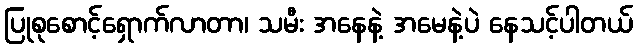
ပြုစုစောင့်ရှောက်လာတာ၊ သမီး အနေနဲ့ အမေနဲ့ပဲ နေသင့်ပါတယ်